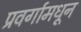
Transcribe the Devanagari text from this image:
प्रवर्गामधून